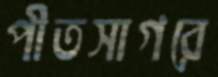
পীতসাগরে